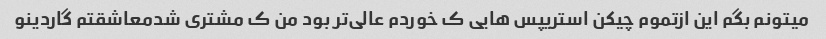
میتونم بگم این ازتموم چیکن استریپس هایی ک خوردم عالی‌تر بود من ک مشتری شدمعاشقتم گاردینو